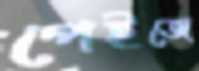
পেইজে